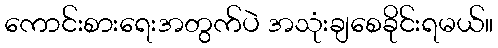
ကောင်းစားရေးအတွက်ပဲ အသုံးချစေခိုင်းရမယ်။